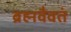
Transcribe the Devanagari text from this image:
ब्रह्मवैवतं